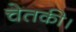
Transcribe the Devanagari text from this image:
चेतकी।